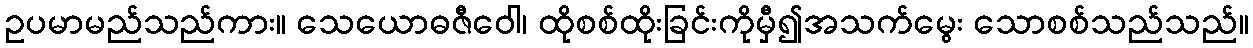
ဥပမာမည်သည်ကား။ သေယောဓဇီဝေါ၊ ထိုစစ်ထိုးခြင်းကိုမှီ၍အသက်မွေး သောစစ်သည်သည်။